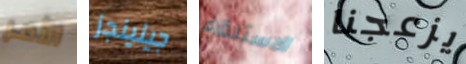
الأمر جينينجز الاستلقاء يزعجنا